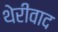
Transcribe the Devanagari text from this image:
थेरीवाद